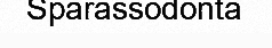
Sparassodonta